Scottish Certificate of Education, 1962
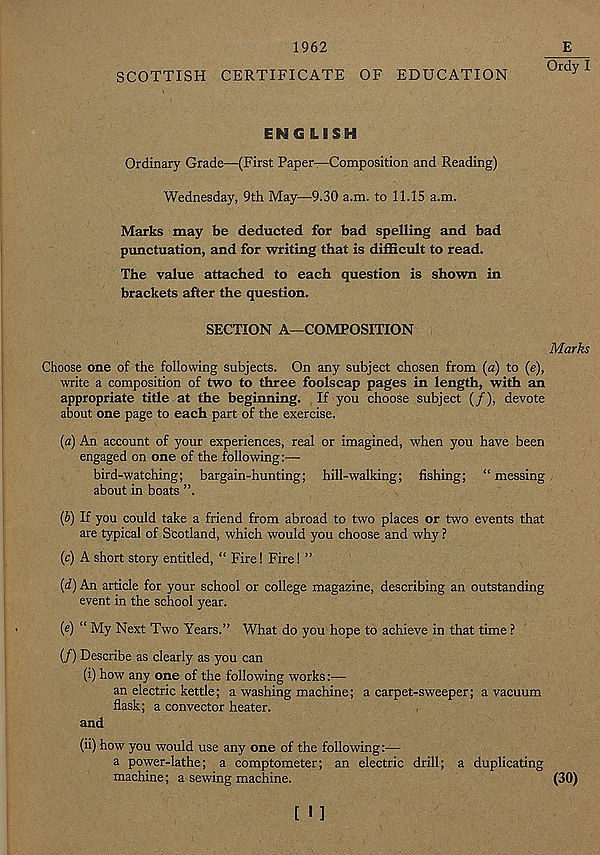
1962
SCOTTISH CERTIFICATE OF EDUCATION
ENG LSSH
Ordinary Grade—(First Paper—Composition and Reading)
Wednesday, 9th May—9.30 a.m. to 11.15 a.m.
Marks may be deducted for bad spelling and bad
punctuation, and for writing that is difficult to read.
The value attached to each question is shown in
brackets after the question.
SECTION A—COMPOSITION
Choose one of the following subjects. On any subject chosen from (a) to (e),
write a composition of two to three foolscap pages in length, with an
appropriate title at the beginning. If you choose subject (/), devote
about one page to each part of the exercise.
(a) An account of your experiences, real or imagined, when you have been
engaged on one of the following:—
bird-watching; bargain-hunting; hill-walking; fishing; “messing
about in boats ”.
(b) If you could take a friend from abroad to two places or two events that
are typical of Scotland, which would you choose and why ?
(c) A short story entitled, “ Fire! Fire! ”
(d) An article for your school or college magazine, describing an outstanding
event in the school year.
(e) “ My Next Two Years.” What do you hope to achieve in that time ?
(/) Describe as clearly as you can
(i) how any one of the following works:—
an electric kettle; a washing machine; a carpet-sweeper; a vacuum
flask; a convector heater.
and
(ii) how you would use any one of the following:—
a power-lathe; a comptometer; an electric drill; a duplicating
machine; a sewing machine.
(30)
[ I ]
E
Ordy I
Marks